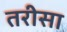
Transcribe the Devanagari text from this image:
तरीसा